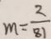
m = \frac { 2 } { 8 1 }